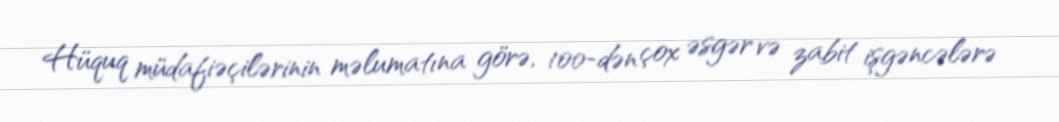
Hüquq müdafiəçilərinin məlumatına görə, 100-dən çox əsgər və zabit işgəncələrə